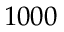
1 0 0 0